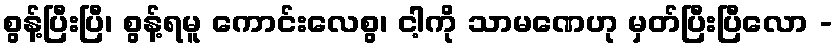
စွန့်ပြီးပြီ၊ စွန့်ရမူ ကောင်းလေစွ၊ ငါ့ကို သာမဏေဟု မှတ်ပြီးပြီလော -